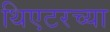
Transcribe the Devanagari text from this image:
थिएटरच्या